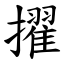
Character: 擢